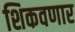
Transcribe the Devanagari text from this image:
शिकवणार